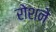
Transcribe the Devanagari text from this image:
रोशने